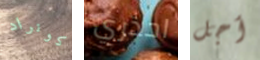
كونراد احذري أجل